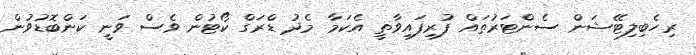
ރިހެބިލިޓޭޝަން ސެންޓަރުތައް ފުރިފައިވާތީ އެކަމާ މެދު ޑްރަގް ކޯޓުން ވެސް ވަނީ ކަންބޮޑުވުން